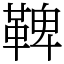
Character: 鞞